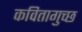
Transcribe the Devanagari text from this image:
कवितागुच्छ